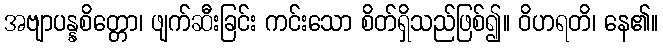
အဗျာပန္နစိတ္တော၊ ဖျက်ဆီးခြင်း ကင်းသော စိတ်ရှိသည်ဖြစ်၍။ ဝိဟရတိ၊ နေ၏။